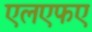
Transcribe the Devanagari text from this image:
एलएफए